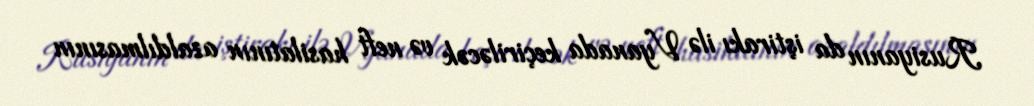
Rusiyanın da iştirakı ilə Vyanada keçiriləcək və neft hasilatının azaldılmasının